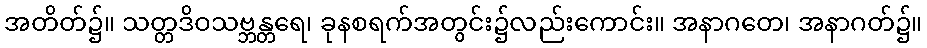
အတိတ်၌။ သတ္တဒိဝသဗ္ဘန္တရေ၊ ခုနစရက်အတွင်း၌လည်းကောင်း။ အနာဂတေ၊ အနာဂတ်၌။